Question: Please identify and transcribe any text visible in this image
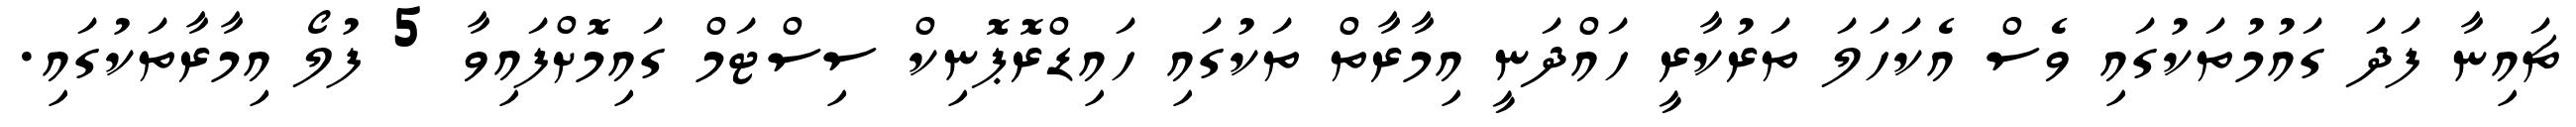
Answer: ޗައިނާ ފަދަ ގައުމުތަކުގައި ވެސް އެކަހަލަ ތަރުކާރީ ހައްދަނީ އިމާރާތް ތަކުގައި ހައިޑްރޮޕޮނިކް ސިސްޓަމް ގައިމޮށްފައިވާ 5 ފުލޯ އިމާރާތަކުގައި.